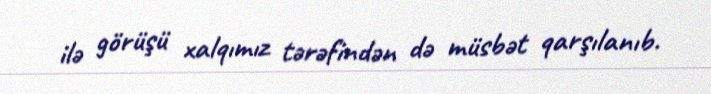
ilə görüşü xalqımız tərəfindən də müsbət qarşılanıb.